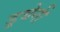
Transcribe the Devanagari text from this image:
डूबेगी